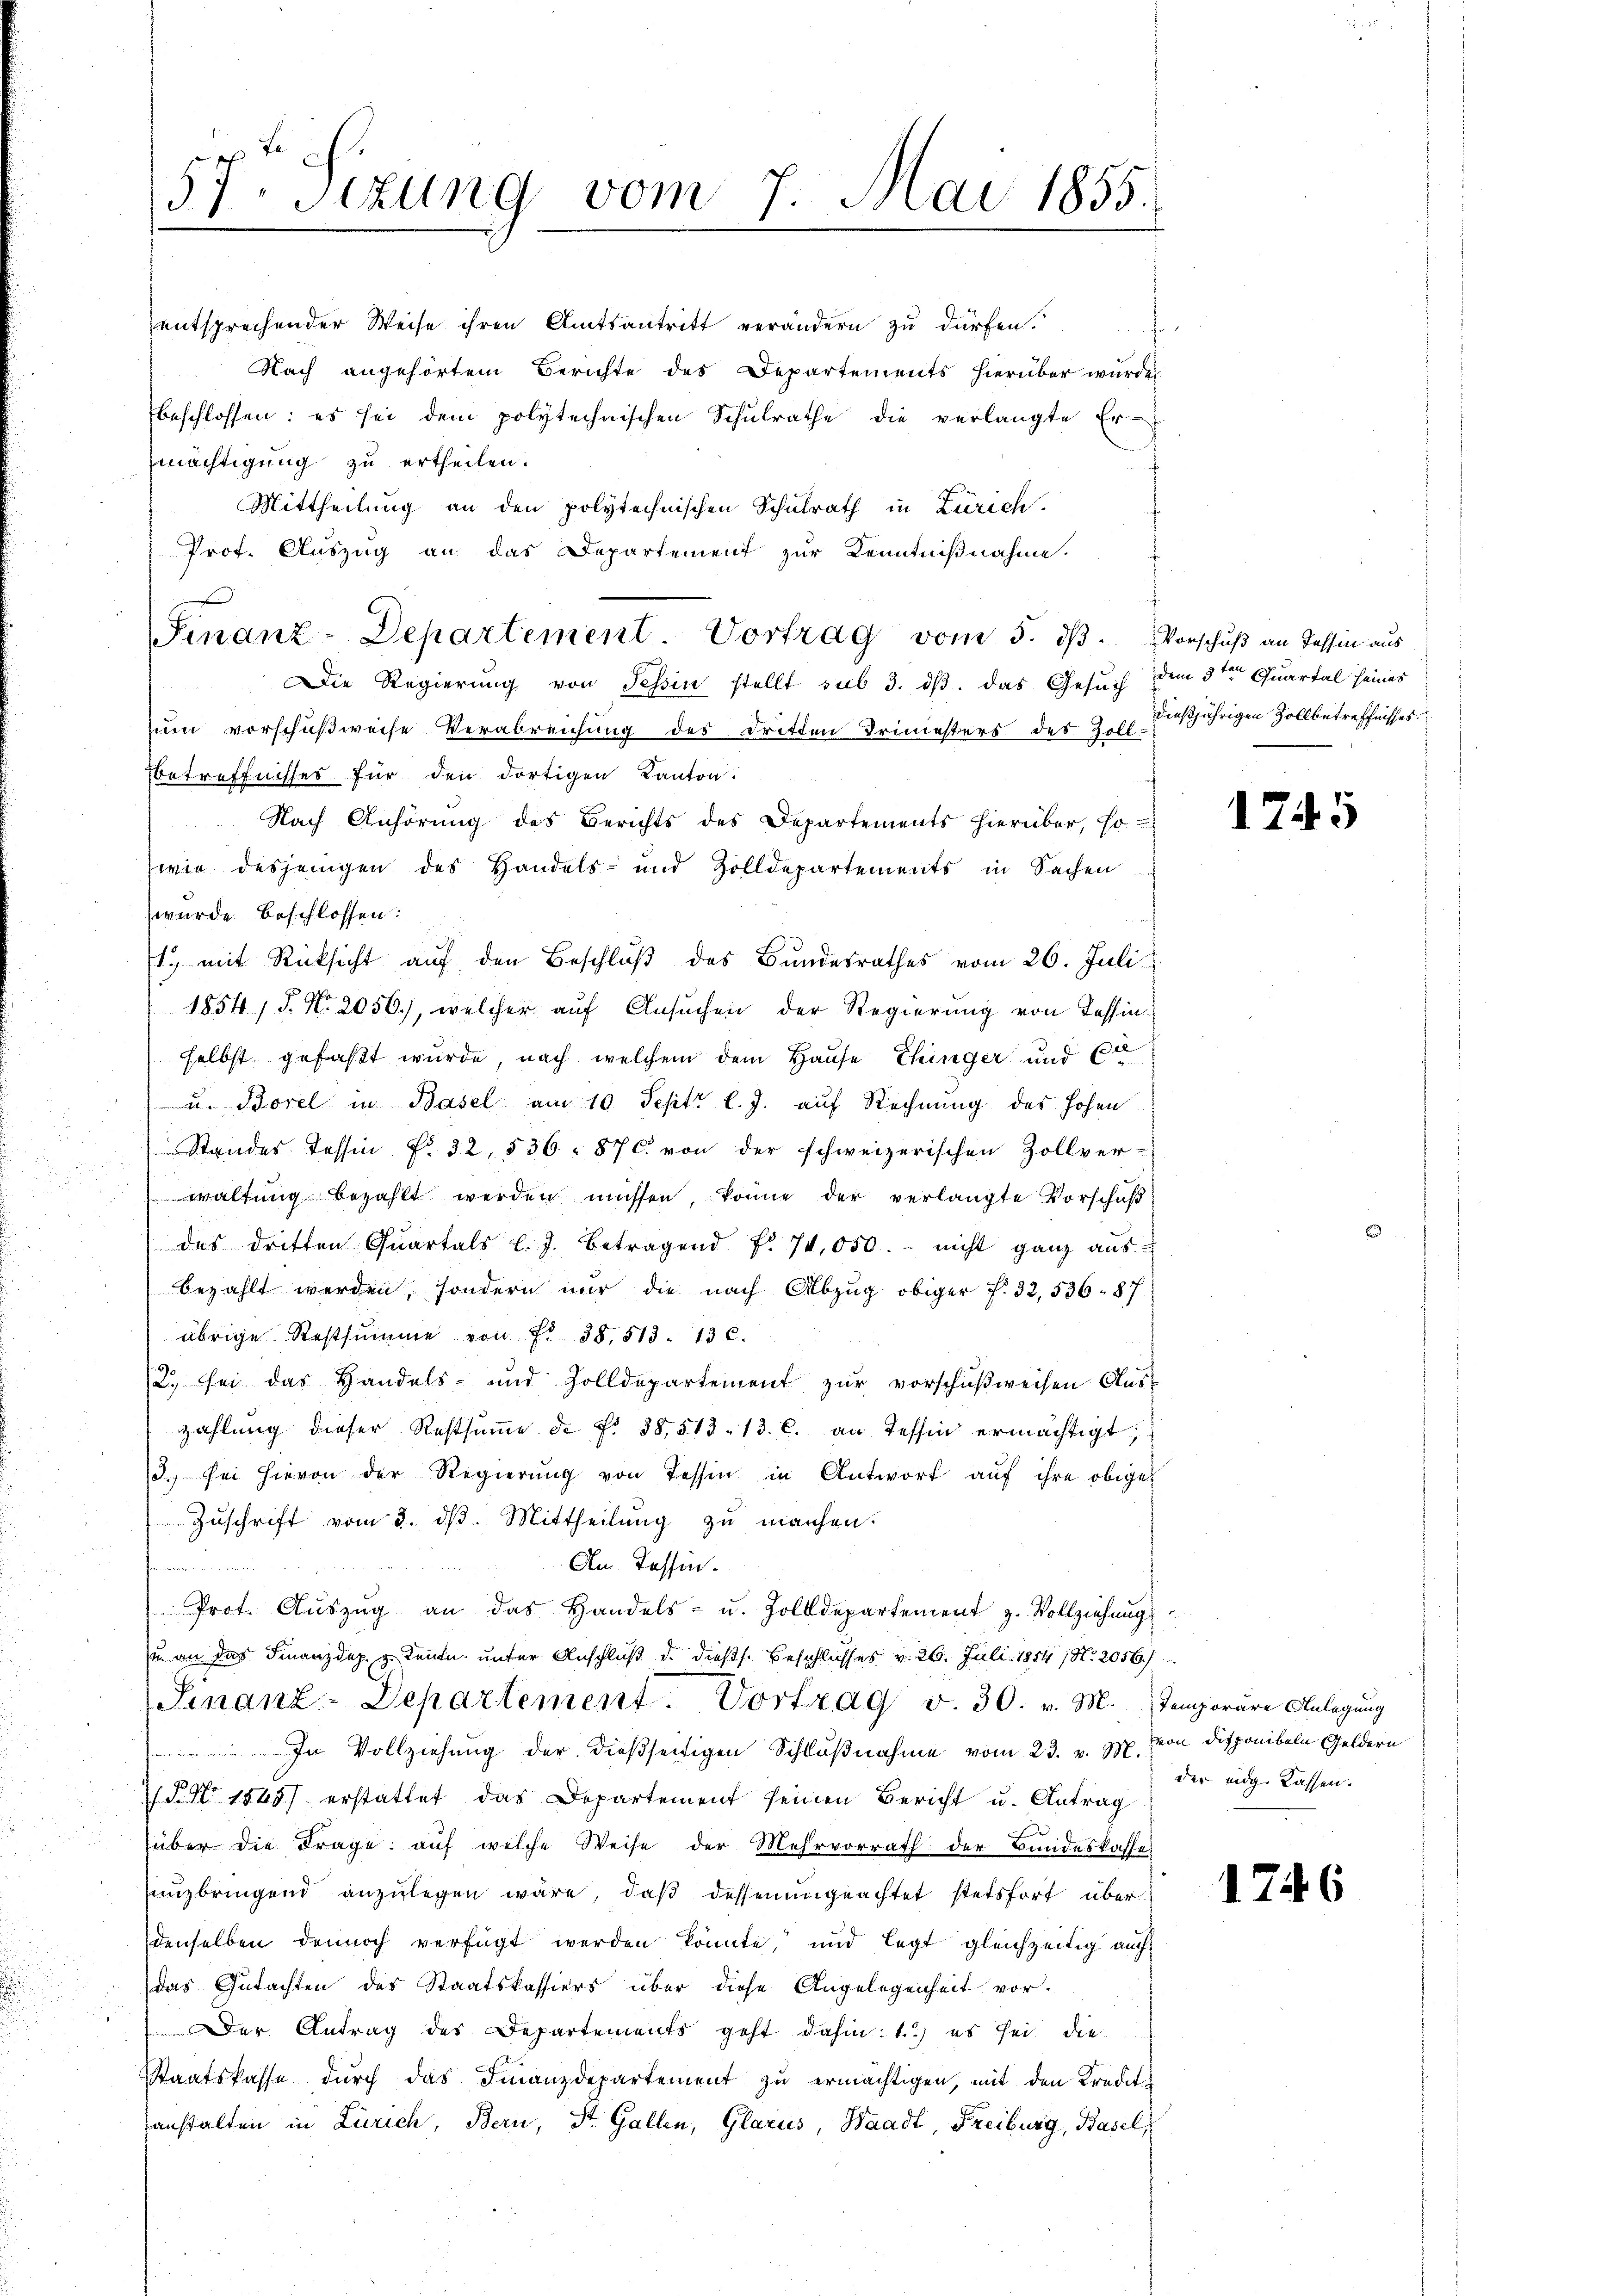
57. Sizung vom 7. Mai 1855.

entsprechender Weise ihren Amtsantritt verändern zu dürfen.
Nach angehörtem Berichte des Departements hierüber wurde
beschlossen: es sei dem polytechnischen Schŭlrathe die verlangte Er-
mächtigung zu ertheilen.
Mittheilung an den polytechnischen Schulrath in Zürich.
Prof. Auszug an das Departement zur Kenntnißnahme.
Die Regierŭng von Tessin stellt sub 3. dβ. das Gesŭch
zum vorschußweise Verabreichung des Dritten Triniesters der 2. l. diesjährigen Zollbetreffnisses.
betreffnisses für den dortigen Kanton.
Nach Anhörung des Berichts des Departements hierüber, so
wie desjenigen des Handels- und Zolldepartements in Sachen
wurde beschlossen:
1. mit Rücksicht auf den Beschluß des Bundesrathes vom 26. Juli
1854, S. N. 2050., welcher aŭf Ansŭchen der Regierŭng von Tessin
selbst gefaßt wurde, nach welchem dem Hause Ehinger und 62
u. Borel in Basel am 10. Sept. l. J. auf Rechnung des hohen
Standes Tessin No. 32, 536. 876 von der schweizerischen Zollver-
i
 waltung bezahlt werden müssen, könne der verlangte Vorschaf
des dritten Quartals l. J. betragend No 74,050. nicht ganz aus
bezahlt werden, sondern nur die nach Abzug obiger f. 32, 536. 87
übrige Restsumme von Fr. 38, 513. 13 C.
/2 sei das Handels- und Zolldepartement zŭr vorschŭβweisen Aus-
zahlŭng dieser Restsŭṁe de Fr. 38, 513. 13. c. an Tessin ermächtigt;
3. sei hievon der Regierŭng von Tessin in Antwort auf ihre obiges
Zŭschrift vom 3. d. Mittheilung zu machen.
An Tessin.

Prot. Aŭszŭg an das Handels- u. Zolldepartement z. Vollziehung
u. an das Finanzdep. zu Kenntn. unter Anschluß d. dießs. Beschlusses v. 26. Juli 1854 (N. 2056.)
Sinanz-Departement. Vortrag v. 30. v. M. Temporäre Anlegung
In Vollziehung der dießseitigen Schlußnahme vom 23. v. Js. von Disponibeln Geldern
 P. Nr. 1845 erstattet das Departement seinen Bericht u. Antrag
über die Frage: auf welche Weise der Mehrvorrath der Bundeskasse
unzbringend anzulegen wäre, daß dessenungeachtet stetsfort überdenselben dennoch verfügt werden könnte, und legt gleichzeitig auch
das Gutachten des Staatskassiers über diese Angelegenheit vor-
Der Antrag des Departements geht dahin: 1.) es sei die
Staatskasse durch das Finanzdepartement zu ermächtigen, mit den Kredit
anstalten in Zürich, Bern, St. Gallen, Glarus, Waadt, Freiburg, Basel

Finanz-Departement Vortrag vom 5. dβ. Vorschuß an Tessin aus

f

dem 3ten Quartal seines

1745

der eidg. Kassen.

1746